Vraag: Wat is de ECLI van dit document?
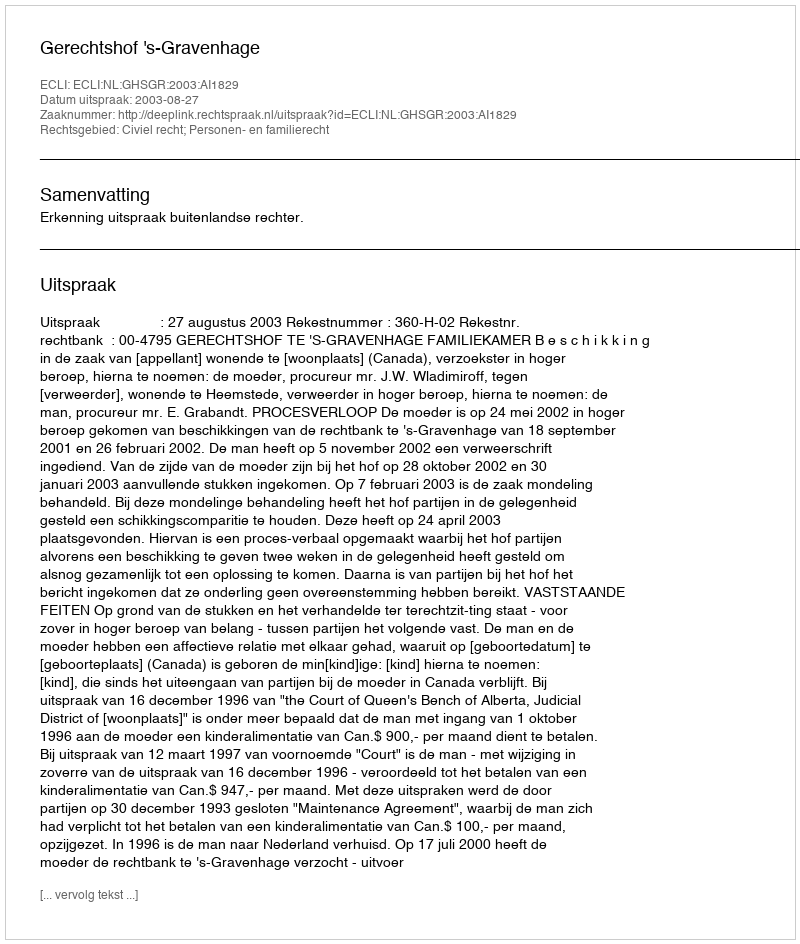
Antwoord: ECLI:NL:GHSGR:2003:AI1829